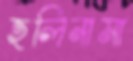
হলিনামা